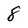
Character: 8